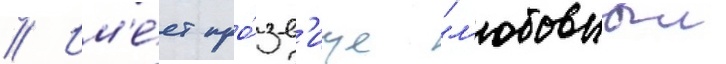
// Им'е́ет про́зв'ище "л'юбовныи